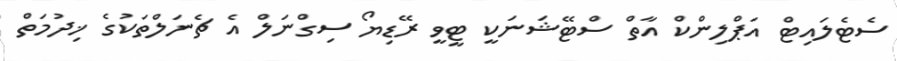
ސެޓެލައިޓް އަޕްލިންކް އާތް ސްޓޭޝަނަކީ ޓީވީ ރޭޑިޔޯ ސިގްނަލް އެ ޗެނަލްތަކުގެ ޚިދުމަތް